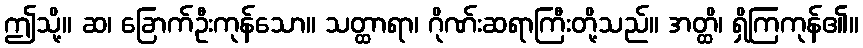
ဤသို့။ ဆ၊ ခြောက်ဦးကုန်သော။ သတ္ထာရာ၊ ဂိုဏ်းဆရာကြီးတို့သည်။ အတ္ထိ၊ ရှိကြကုန်၏။